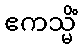
ဧကသ္မိံ